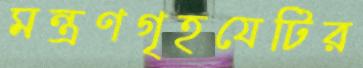
মন্ত্রণগৃহযেটির